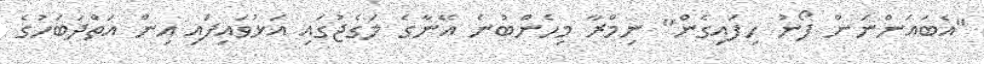
"އެބައަންނަން ފޯނު ހިފައިގެން" ނިމްރާ މިހެންބުނެ އޭނާގެ ލަގެޖުގައި އަޅުވައިފައި އިން އަތްދަބަހުގެ